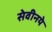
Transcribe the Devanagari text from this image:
सेवीनये